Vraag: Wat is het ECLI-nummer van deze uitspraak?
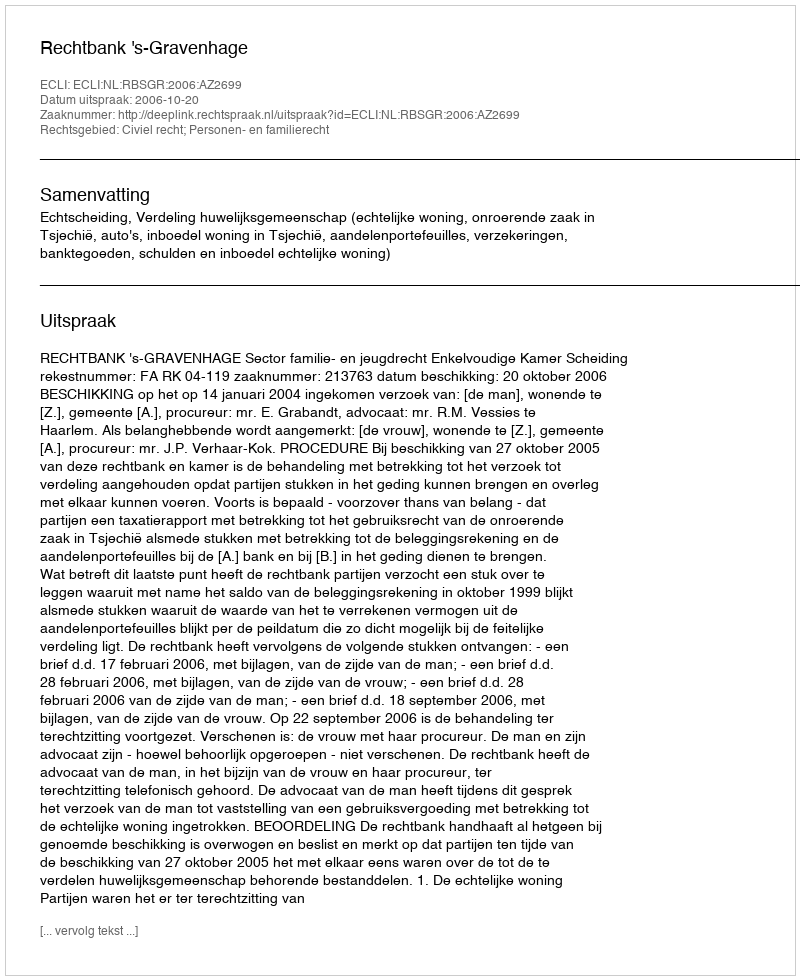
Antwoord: ECLI:NL:RBSGR:2006:AZ2699